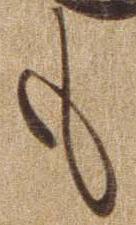
も